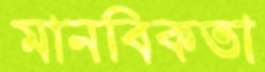
মানবিকতা